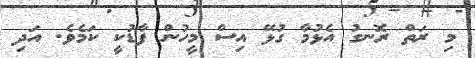
މި ރަތް ރޮނގު އެޅުމާ ގުޅޭ އިސް މީހުން ފާޑުކީ ކަމެވެ. އަދި